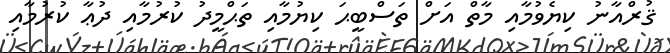
ޤުރްއާނު ކިޔެވުމާއި މާތް އަށް ތަސްބީޙަ ކިޔުމާއި ތަޙްމީދު ކުރުމާއި ދުޢާ ކުރުމާއި